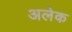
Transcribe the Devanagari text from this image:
अलेक